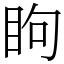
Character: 眗